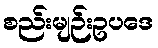
စည်းမျဉ်းဥပဒေ